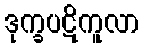
ဒုက္ခပဋိကူလာ